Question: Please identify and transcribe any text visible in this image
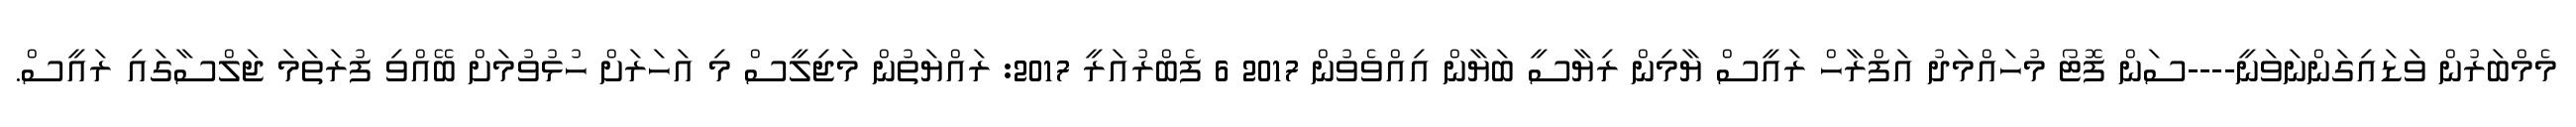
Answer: މެމްބަރުން ވަޑައިގަންނަވަނީ----ސަން ފޮޓޯ މުހައްމަދު އަފްރާހް ރައީސް ޔާމިން ރިޔާސީ ބަޔާން އިއްވެވުން 2017 6 ފެބްރުއަރީ 2017: ރައްޔަތުން މަޖިލީސް މި އަހަރަށް ހުޅުވުމަށް ބޭއްވި ފުރަތަމަ ޖަލްސާގައި ރައީސް.